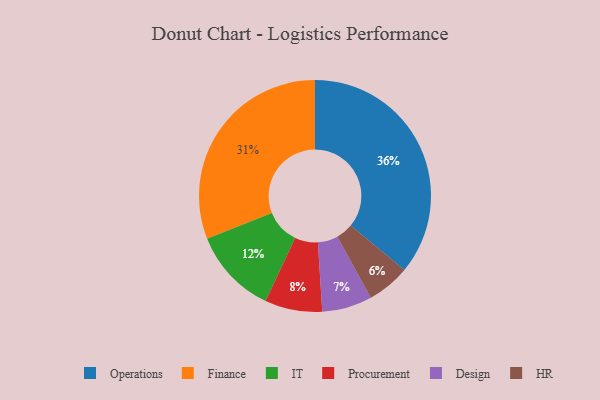
{"axis": {"x": "Category", "y": "Percentage"}, "legend": ["Design", "Finance", "HR", "IT", "Operations", "Procurement"], "data": [{"x": "Procurement", "y": 8, "type": "Procurement"}, {"x": "HR", "y": 6, "type": "HR"}, {"x": "IT", "y": 12, "type": "IT"}, {"x": "Design", "y": 7, "type": "Design"}, {"x": "Operations", "y": 36, "type": "Operations"}, {"x": "Finance", "y": 31, "type": "Finance"}]}